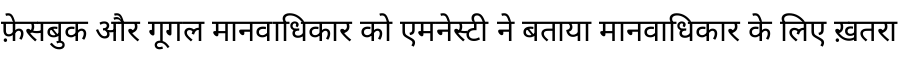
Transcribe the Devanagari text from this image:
फ़ेसबुक और गूगल मानवाधिकार को एमनेस्टी ने बताया मानवाधिकार के लिए ख़तरा